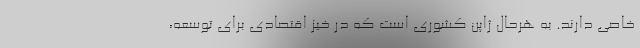
خاصی دارند. به هرحال ژاپن کشوری است که در خیز اقتصادی برای توسعه،